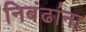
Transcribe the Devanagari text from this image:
निबंढांना